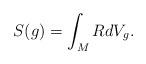
LaTeX: \begin{align*} S(g)=\int_M R dV_g.\end{align*}